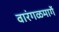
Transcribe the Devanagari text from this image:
वारंगळमार्गे